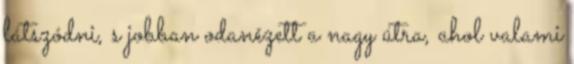
látszódni, s jobban odanézett a nagy útra, ahol valami